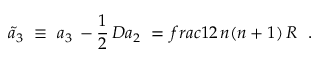
\tilde { a } _ { 3 } \ \equiv \ a _ { 3 } \, - { \frac { 1 } { 2 } } \, D a _ { 2 } \ = \, f r a c { 1 } { 2 } \, n ( n + 1 ) \, { \cal R } \ \ .